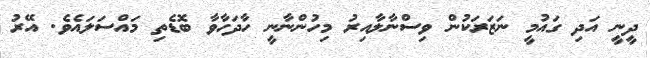
ދީނީ އަދި ގައުމީ ނަޒަރަކުން ވިސްނާލާއިރު މިހުންނާނީ ހާދަހާވާ ބޮޑެތި މައްސަލައެވެ. އޭރު